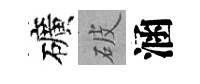
礦破涵